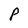
Character: P